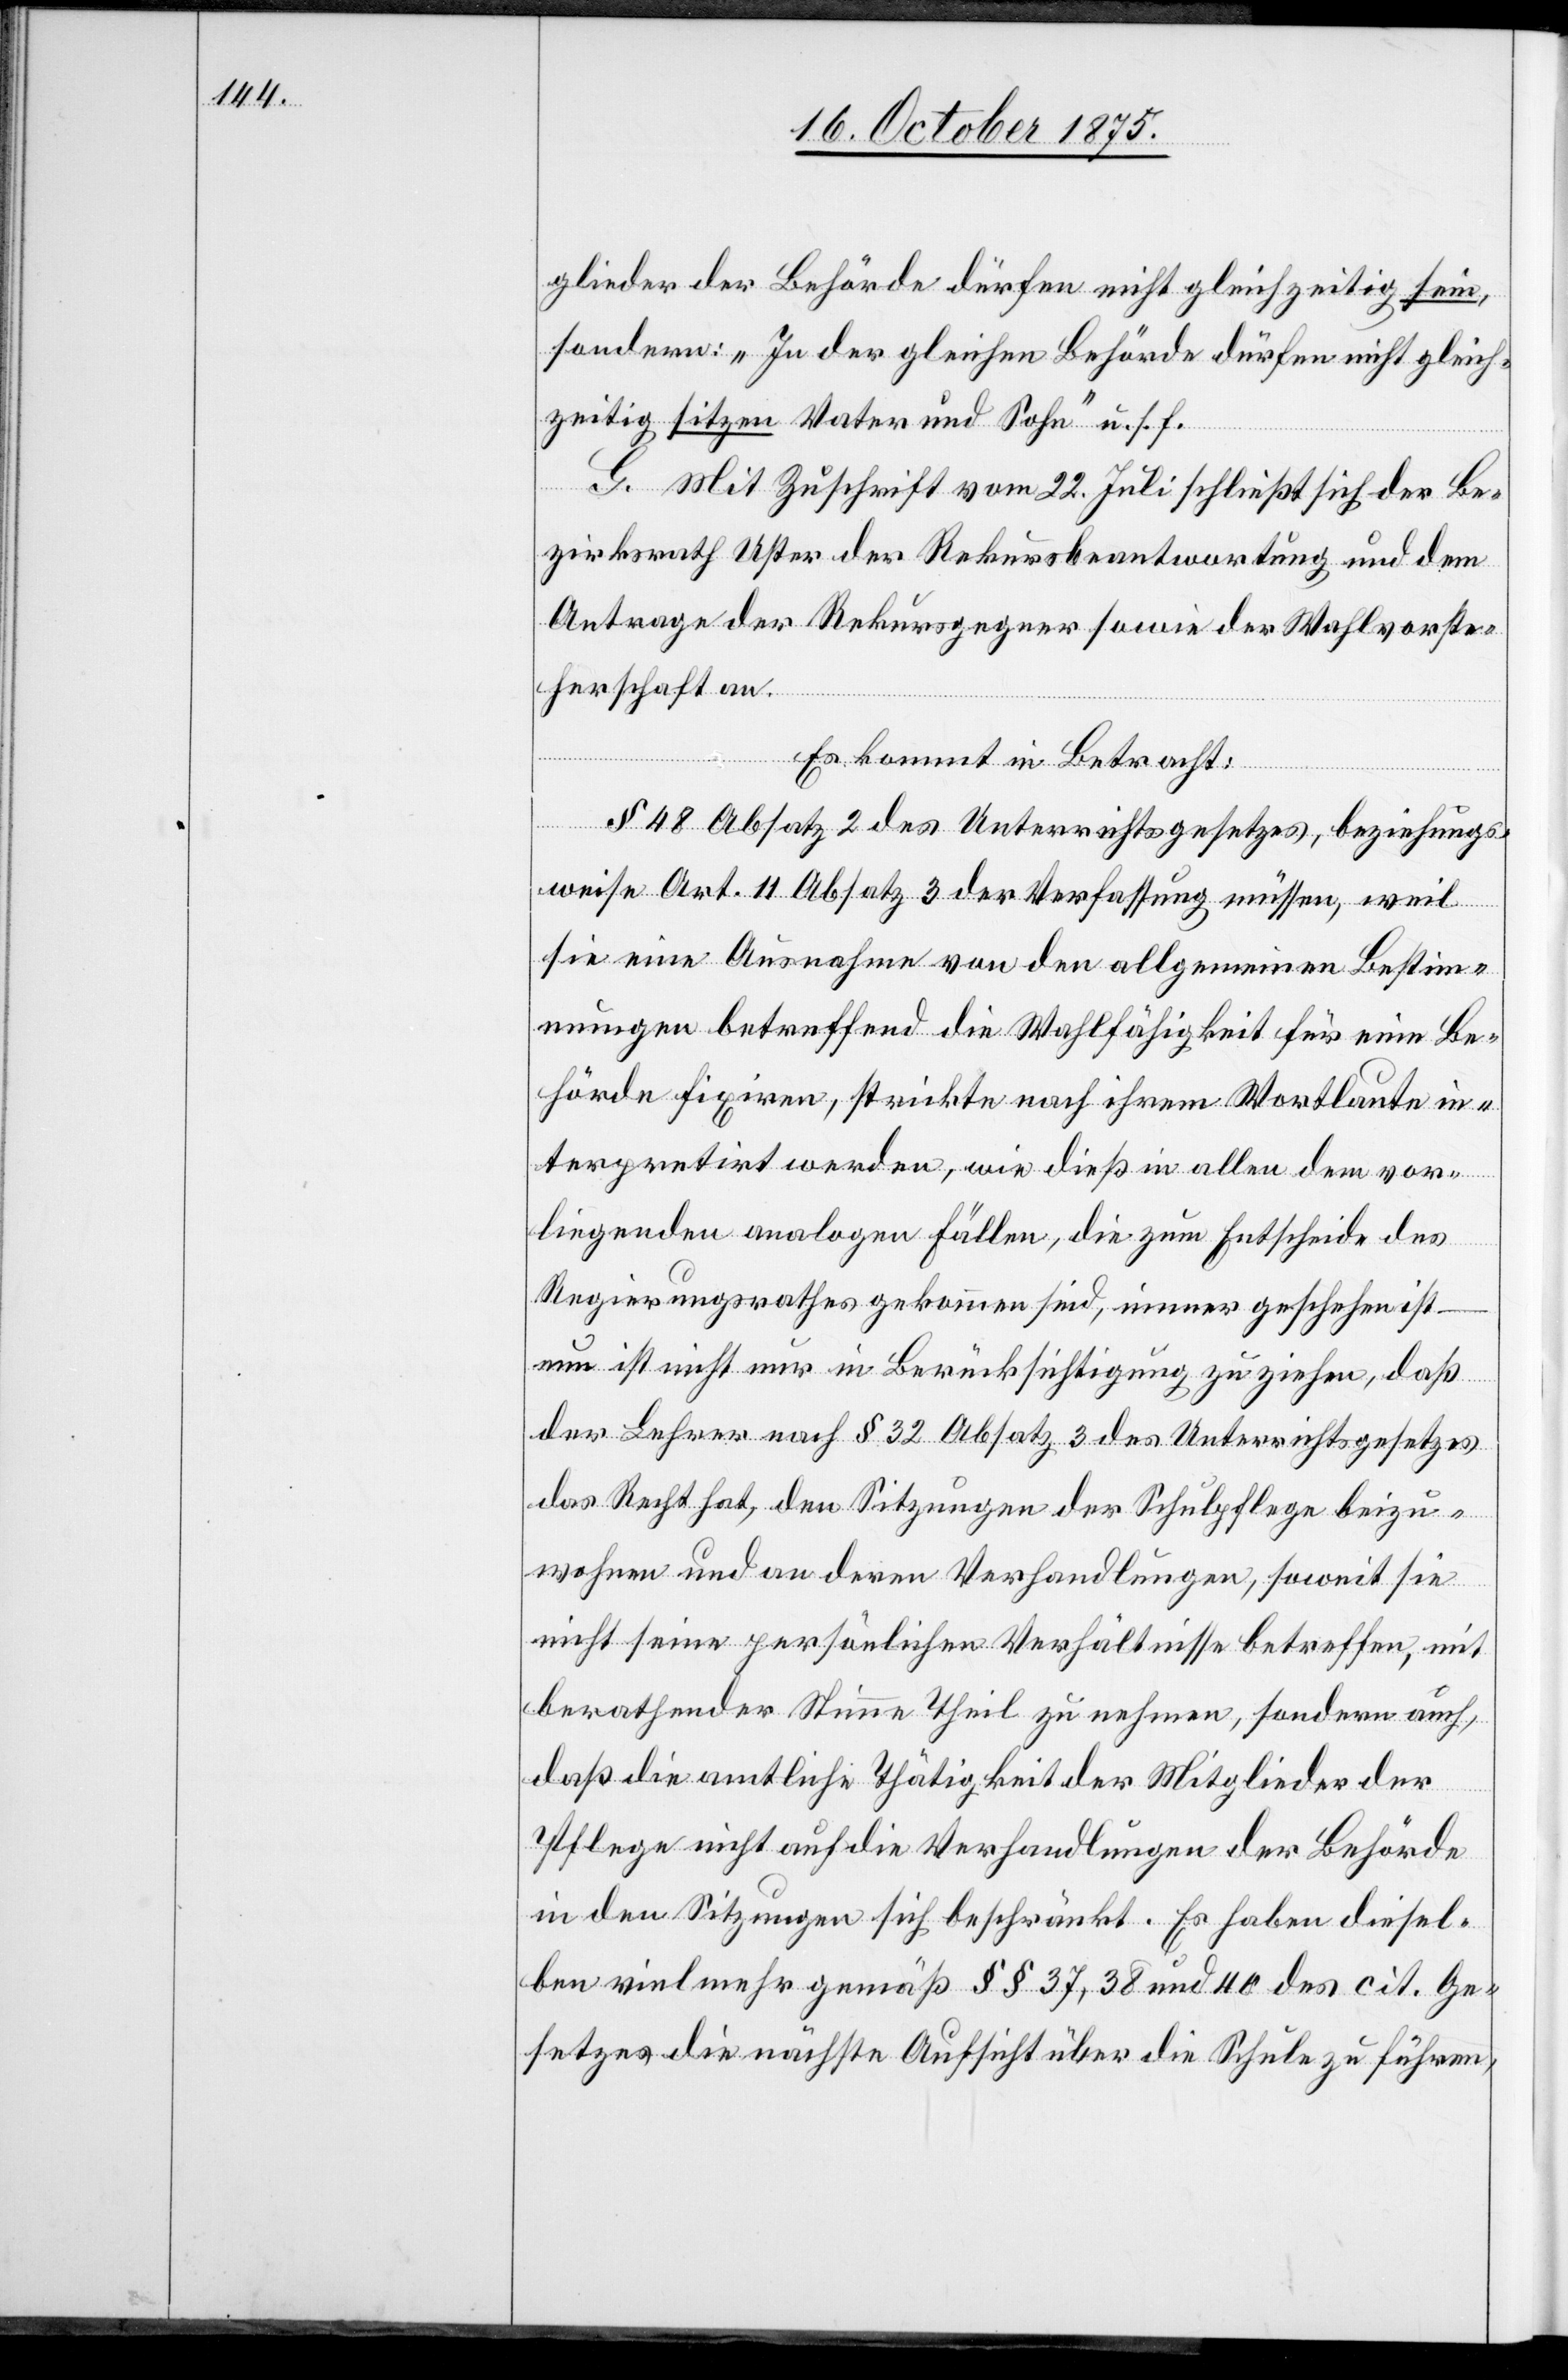
glieder der Behörde dürfen nicht gleichzeitig sein,
sondern: „In der gleichen Behörde dürfen nicht gleich¬
zeitig sitzen Vater und Sohn“ u. s. f.
G. Mit Zuschrift vom 22. Juli schließt sich der Be¬
zirksrath Uster der Rekursbeantwortung und dem
Antrage der Rekursgegner sowie der Wahlvorste¬
herschaft an.
Es kommt in Betracht:
§ 48 Absatz 2 des Unterrichtsgesetzes, beziehungs¬
weise Art. 11 Absatz 3 der Verfassung müssen, weil
sie eine Ausnahme von den allgemeinen Bestim¬
mungen betreffend die Wahlfähigkeit für eine Be¬
hörde fixiren, strickte nach ihrem Wortlaute in¬
terpretirt werden, wie dieß in allen dem vor¬
liegenden analogen Fällen, die zum Entscheide des
Regierungsrathes gekommen sind, immer geschehen ist
nun ist nicht nur in Berücksichtigung zu ziehen, daß
der Lehrer nach § 32 Absatz 3 des Unterrichtsgesetzes
das Recht hat, den Sitzungen der Schulpflege beizu¬
wohnen und an deren Verhandlungen, soweit sie
nicht seine persönlichen Verhältnisse betreffen, mit
berathender Stimme Theil zu nehmen, sondern auch,
daß die amtliche Thätigkeit der Mitglieder der
Pflege nicht auf die Verhandlungen der Behörde
in den Sitzungen sich beschränkt. Es haben diesel¬
ben vielmehr gemäß §§ 37, 38 und 40 des cit. Ge¬
setzes die nächste Aufsicht über die Schule zu führen,